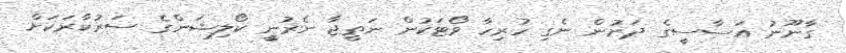
ގާނޫނު އަސާސީގެ ދަށުން ނެގި ހުރިހާ ވޯޓަކުން ނަތީޖާ ނެރުނީީ ކޯލިޝަންގެ ސަރުކާރަކަށް